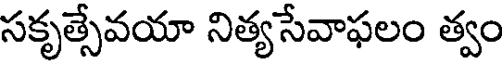
సకృత్సేవయా నిత్యసేవాఫలం త్వం